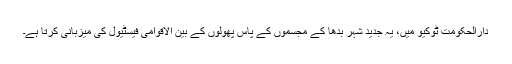
دارالحکومت ٹوکیو میں، یہ جدید شہر بدھا کے مجسموں کے پاس پھولوں کے بین الاقوامی فیسٹیول کی میزبانی کرتا ہے۔